Leaving Certificate Examination, 1902
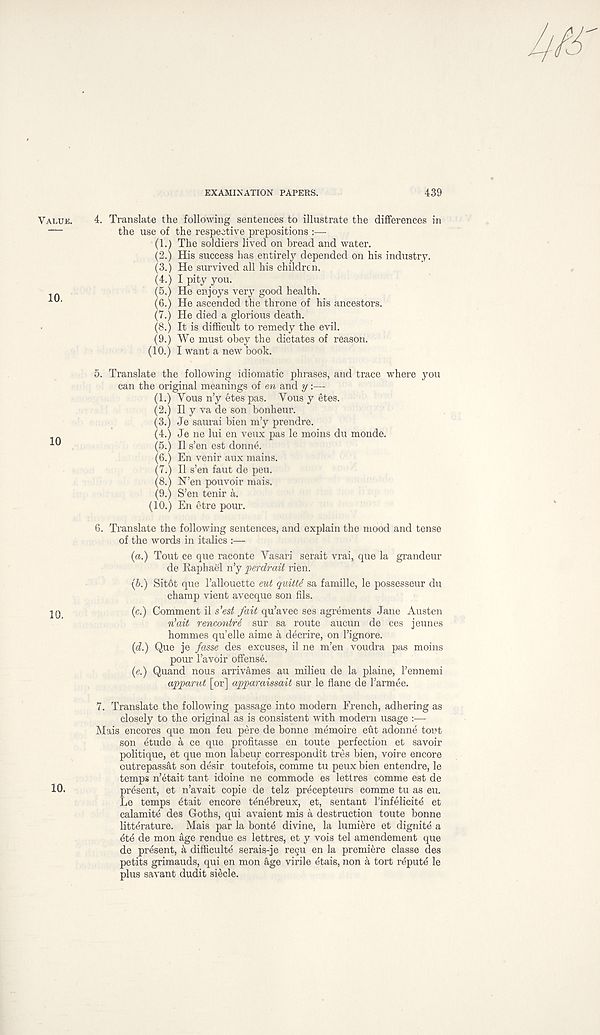
EXAMINATION PAPERS.
439
4. Translate the following sentences to illustrate the differences in
the use of the respective prepositions :—
(1.) The soldiers lived on bread and water.
(2.) His success lias entirely depended on his industry.
(3.) He survived all his children.
(4.) I pity you.
(5.) He enjoys very good health.
(6.) He ascended the throne of his ancestors.
(7.) He died a glorious death.
(8.) It is difficult to remedy the evil.
(9.) We must obey the dictates of reason.
(10.) I want a new book.
5. Translate the following idiomatic phrases, and trace where you
can the original meanings of en and y :—
(1.) Vous n’y etes pas. Yous y etes.
(2.) II y va de son bonheur.
(3.) Je saurai bien m’y prendre.
(4.) Je ne lui en veux pas le moins du monde.
(5.) II s’en est donne.
(6.) En venir aux mains.
(7.) II s’en faut de peu.
(8.) N’en pouvoir mais.
(9.) S’en tenir a.
(10.) En etre pour.
6. Translate the following sentences, and explain the mood and tense
of the words in italics :—
(a.) Tout ce que raconte Yasari serait vrai, que la grandeur
de Raphael n’y perdrait rien.
(6.) Sit6t que 1’allouette eut quitti sa famille, le possesseur du
champ vient avecque son fils.
(c.) Comment il s'est fait qu’avec ses agrements Jane Austen
vHait rencontrd sur sa route aucun de ces jeunes
hommes qu’elle aime a decrire, on 1’ignore.
(ft.) Que je fasse des excuses, il ne m’en voudra pas moins
pour 1’avoir offense.
(e.) Quand nous arrivames au milieu de la plaine, I’ennemi
apparut [or] apparaissait sur le flanc de 1’armee.
7. Translate the following passage into modern French, adhering as
closely to the original as is consistent with modern usage :—
Mais encores que mon feu pere de bonne memoire eut adonne tout
son etude a ce que profitasse en toute perfection et savoir
politique, et que mon labeur corresponds tres bien, voire encore
outrepassat son desir toutefois, comme tu peux bien entendre, le
temps n’etait tant idoine ne commode es lettres comme est de
present, et n’avait copie de telz precepteurs comme tu as eu.
Le temps <Sait encore tenebreux, et, sentant 1’infelicite et
calamite des Goths, qui avaient mis a destruction toute bonne
litterature. Mais par la bont£ divine, la lumi&re et dignity a
de mon age rendue es lettres, et y vois tel amendement que
de present, k difficulte serais-je regu en la premiere classe des
petits grimauds, qui en mon age virile etais, non k tort repute le
plus savant dudit siecle.